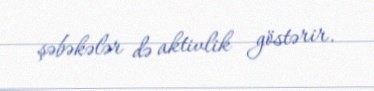
şəbəkələr də aktivlik göstərir.